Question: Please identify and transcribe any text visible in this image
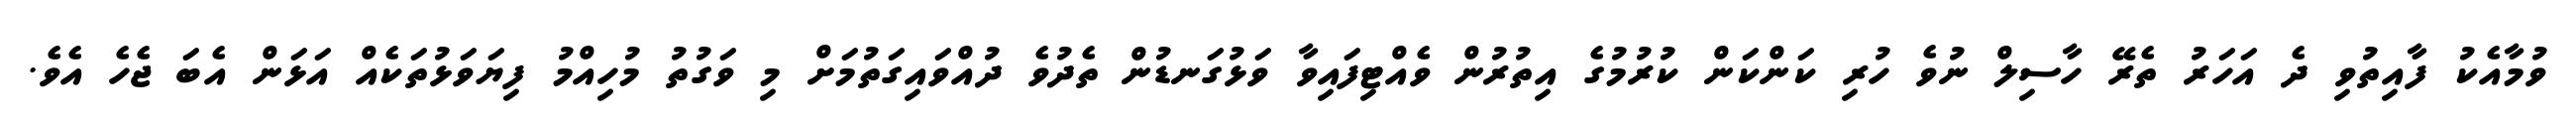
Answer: ވުމާއެކު ފާއިތުވި ދެ އަހަރު ތެރޭ ހާސިލް ނުވެ ހުރި ކަންކަން ކުރުމުގެ އިތުރުން ވެއްޓިފައިވާ ވަޅުގަނޑުން ތެދުވެ ދުއްވައިގަތުމަށް މި ވަގުތު މުހިއްމު ފިޔަވަޅުތަކެއް އަޅަން އެބަ ޖެހެ އެވެ.